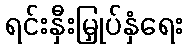
ရင်းနှီးမြှုပ်နှံရေး